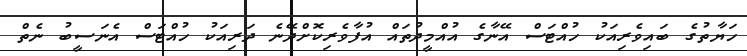
ހަޔާތުގެ ބައިވެރިއަކު ހުއްޓަސް އޭނާގެ އުއްމީދުތައް އުފާވެރިކޮށްދޭނެ ދަރިއަކު ހުއްޓަސް އެނަސީބު ނެތް